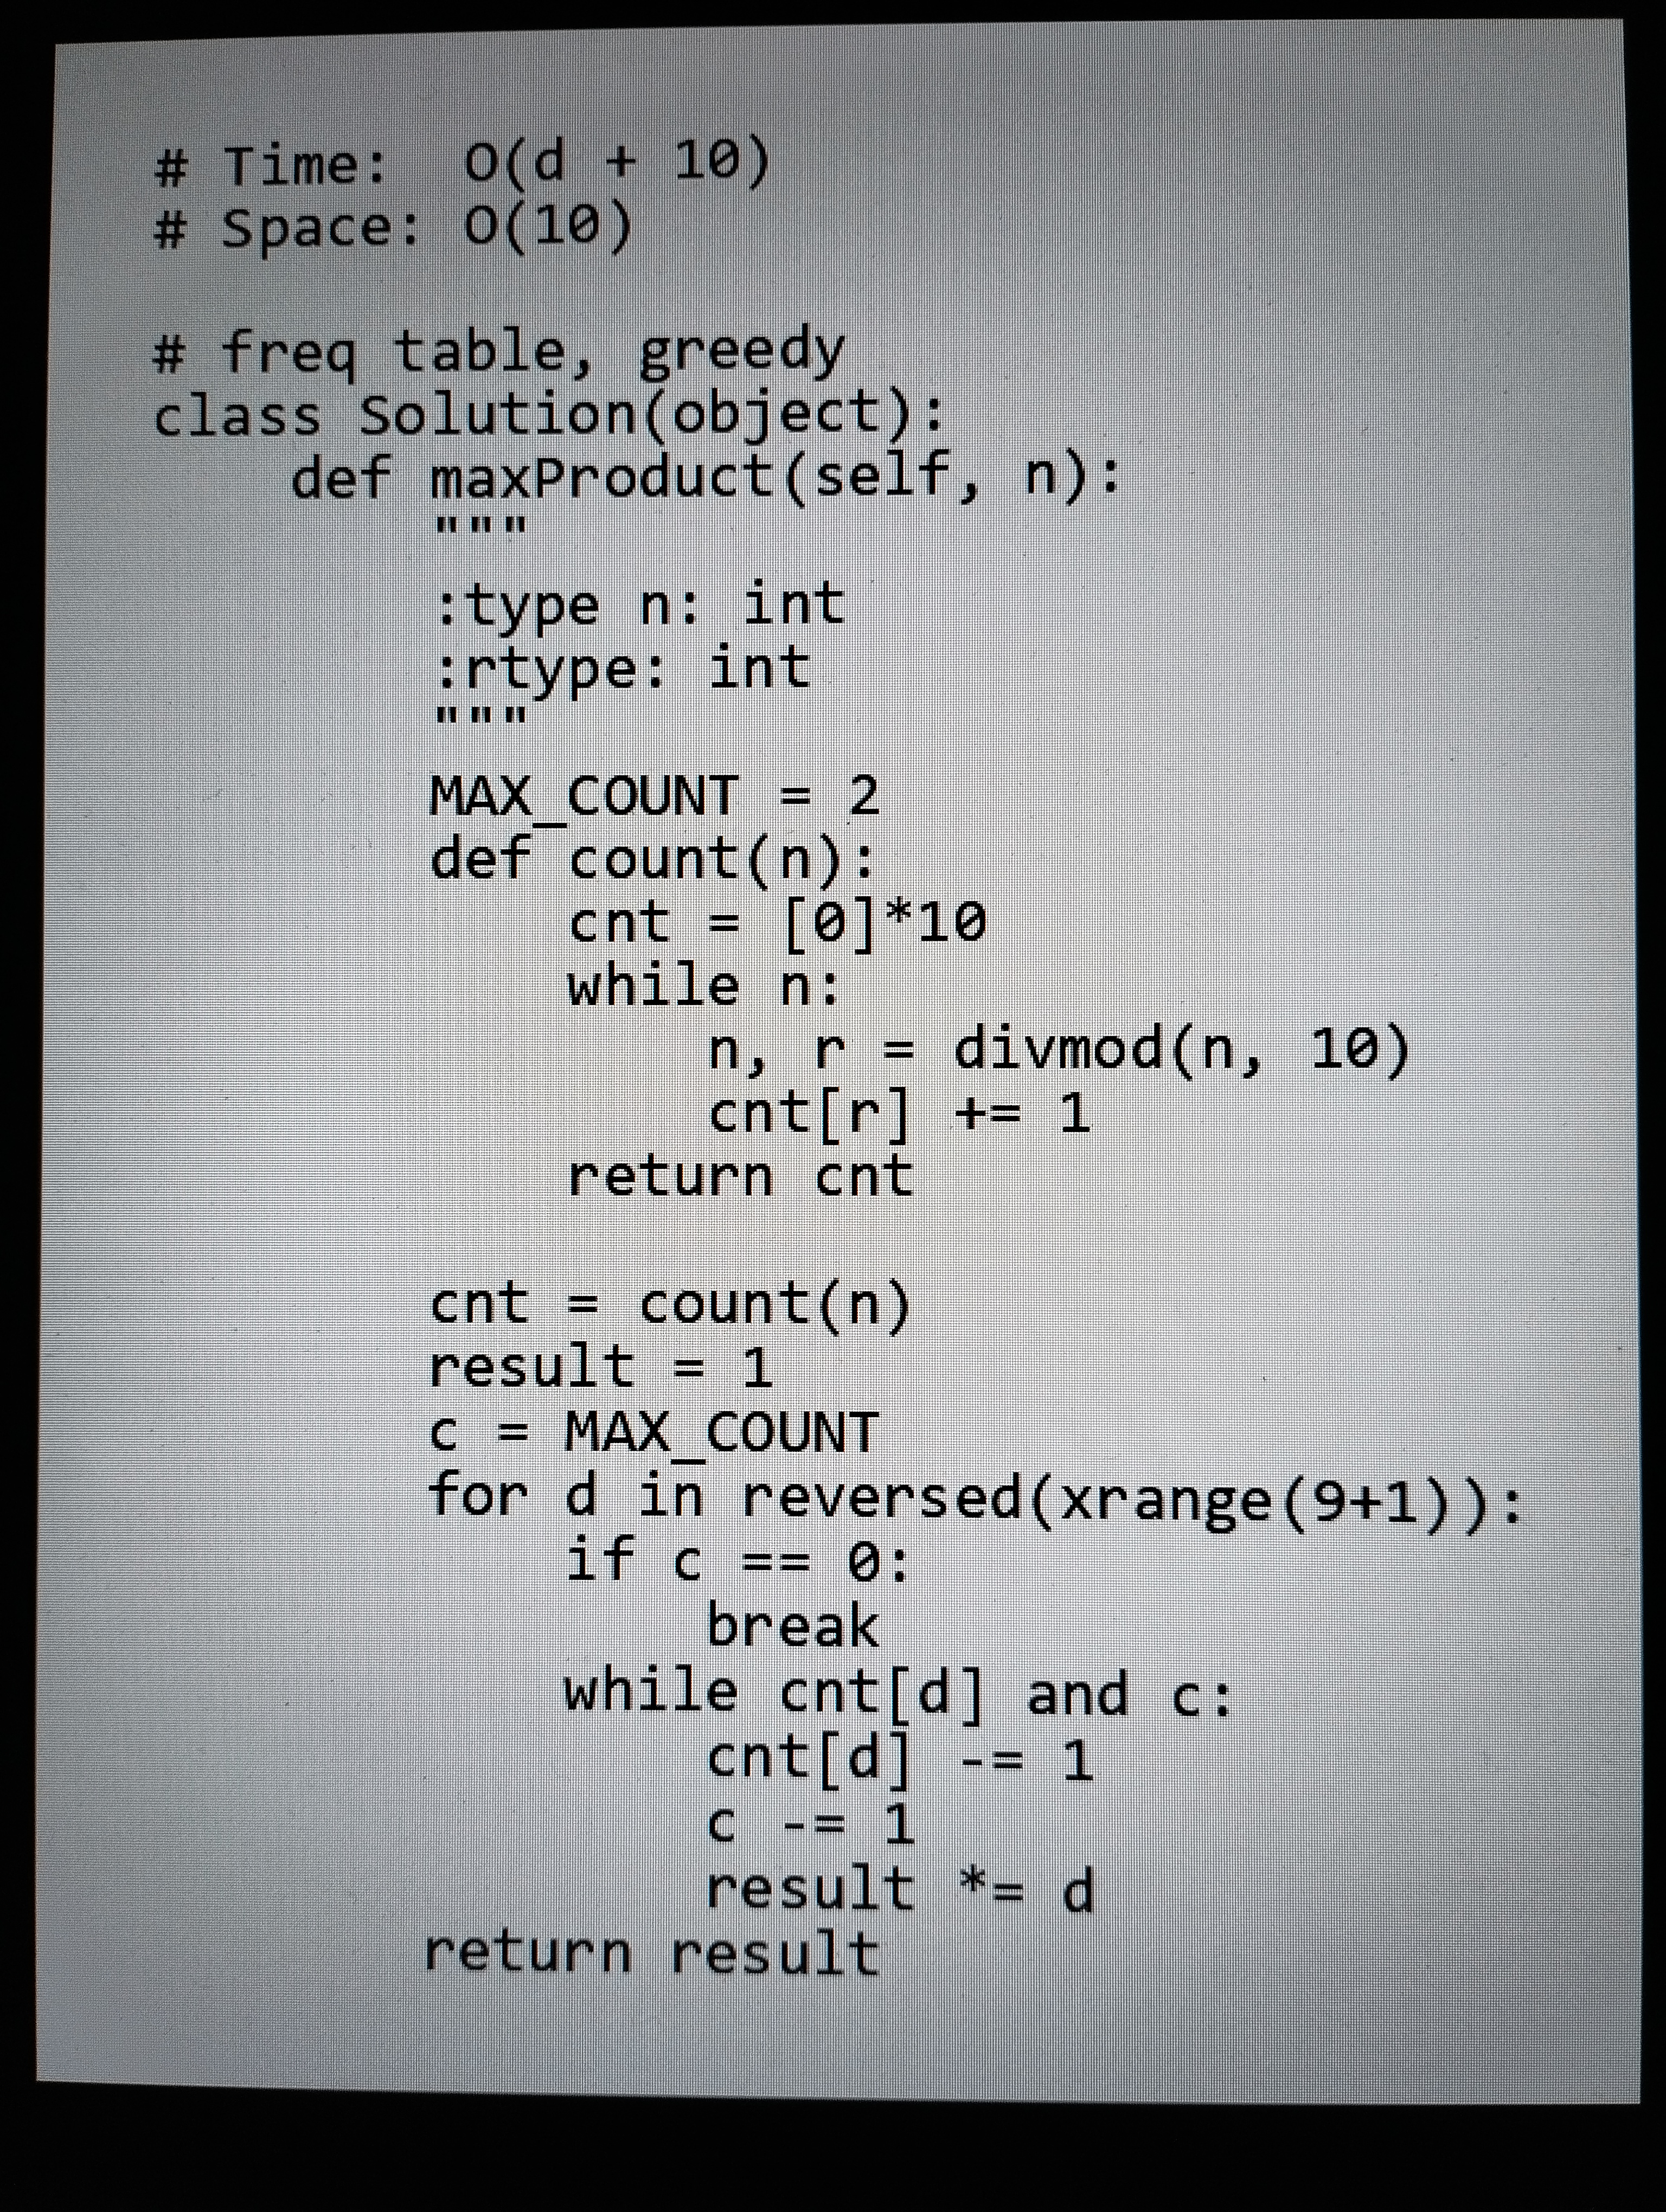
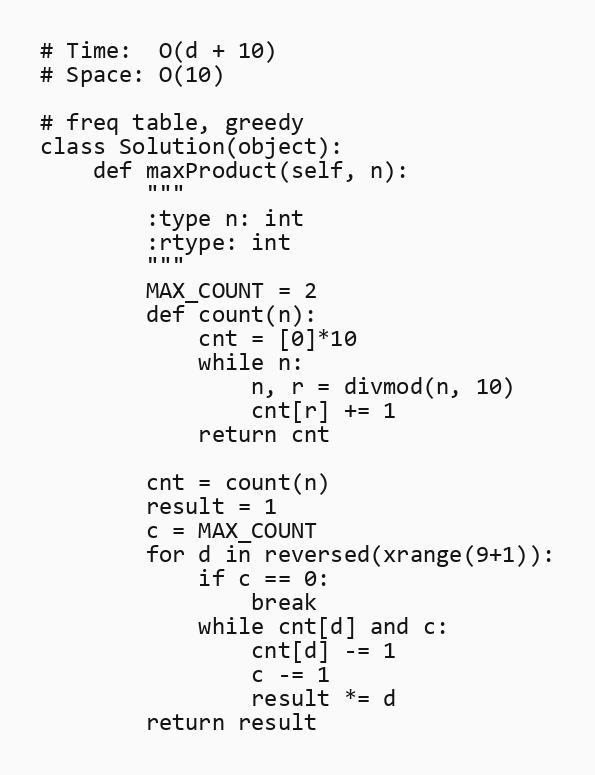
# Time:  O(d + 10)
# Space: O(10)

# freq table, greedy
class Solution(object):
    def maxProduct(self, n):
        """
        :type n: int
        :rtype: int
        """
        MAX_COUNT = 2
        def count(n):
            cnt = [0]*10
            while n:
                n, r = divmod(n, 10)
                cnt[r] += 1
            return cnt

        cnt = count(n)
        result = 1
        c = MAX_COUNT
        for d in reversed(xrange(9+1)):
            if c == 0:
                break
            while cnt[d] and c:
                cnt[d] -= 1
                c -= 1
                result *= d
        return result